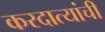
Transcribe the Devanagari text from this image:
करदात्यांची